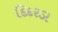
દિદરડા